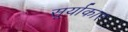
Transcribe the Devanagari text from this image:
सूर्याकार